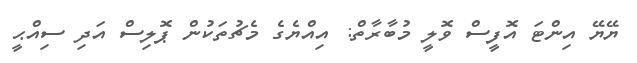
ޔޭޔޭ އިންޓަ އޮފީސް ވޮލީ މުބާރާތް: އިއްޔެގެ މެޗުތަކުން ޕޮލިސް އަދި ސިއްޙީ